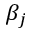
\beta _ { j }